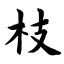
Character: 枝